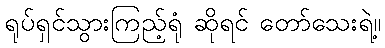
ရုပ်ရှင်သွားကြည့်ရုံ ဆိုရင် တော်သေးရဲ့။